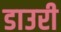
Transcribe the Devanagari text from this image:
डाउरी